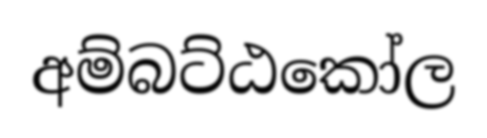
අම්බට්ඨකෝල